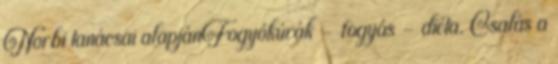
Norbi tanácsai alapjánFogyókúrák – fogyás – diéta. Csalás a